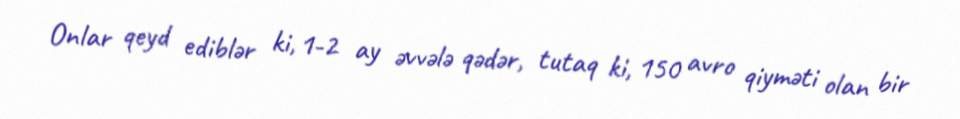
Onlar qeyd ediblər ki, 1-2 ay əvvələ qədər, tutaq ki, 150 avro qiyməti olan bir